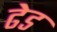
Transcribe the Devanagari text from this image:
ढेड